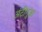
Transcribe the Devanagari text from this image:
अंटीगुआ